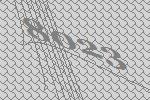
8023